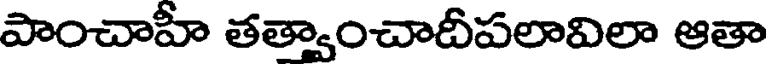
పాంచాహి తత్వాంచాదీపలావిలా ఆతా